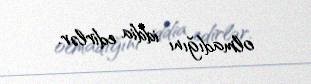
olmadığını iddia edirlər.